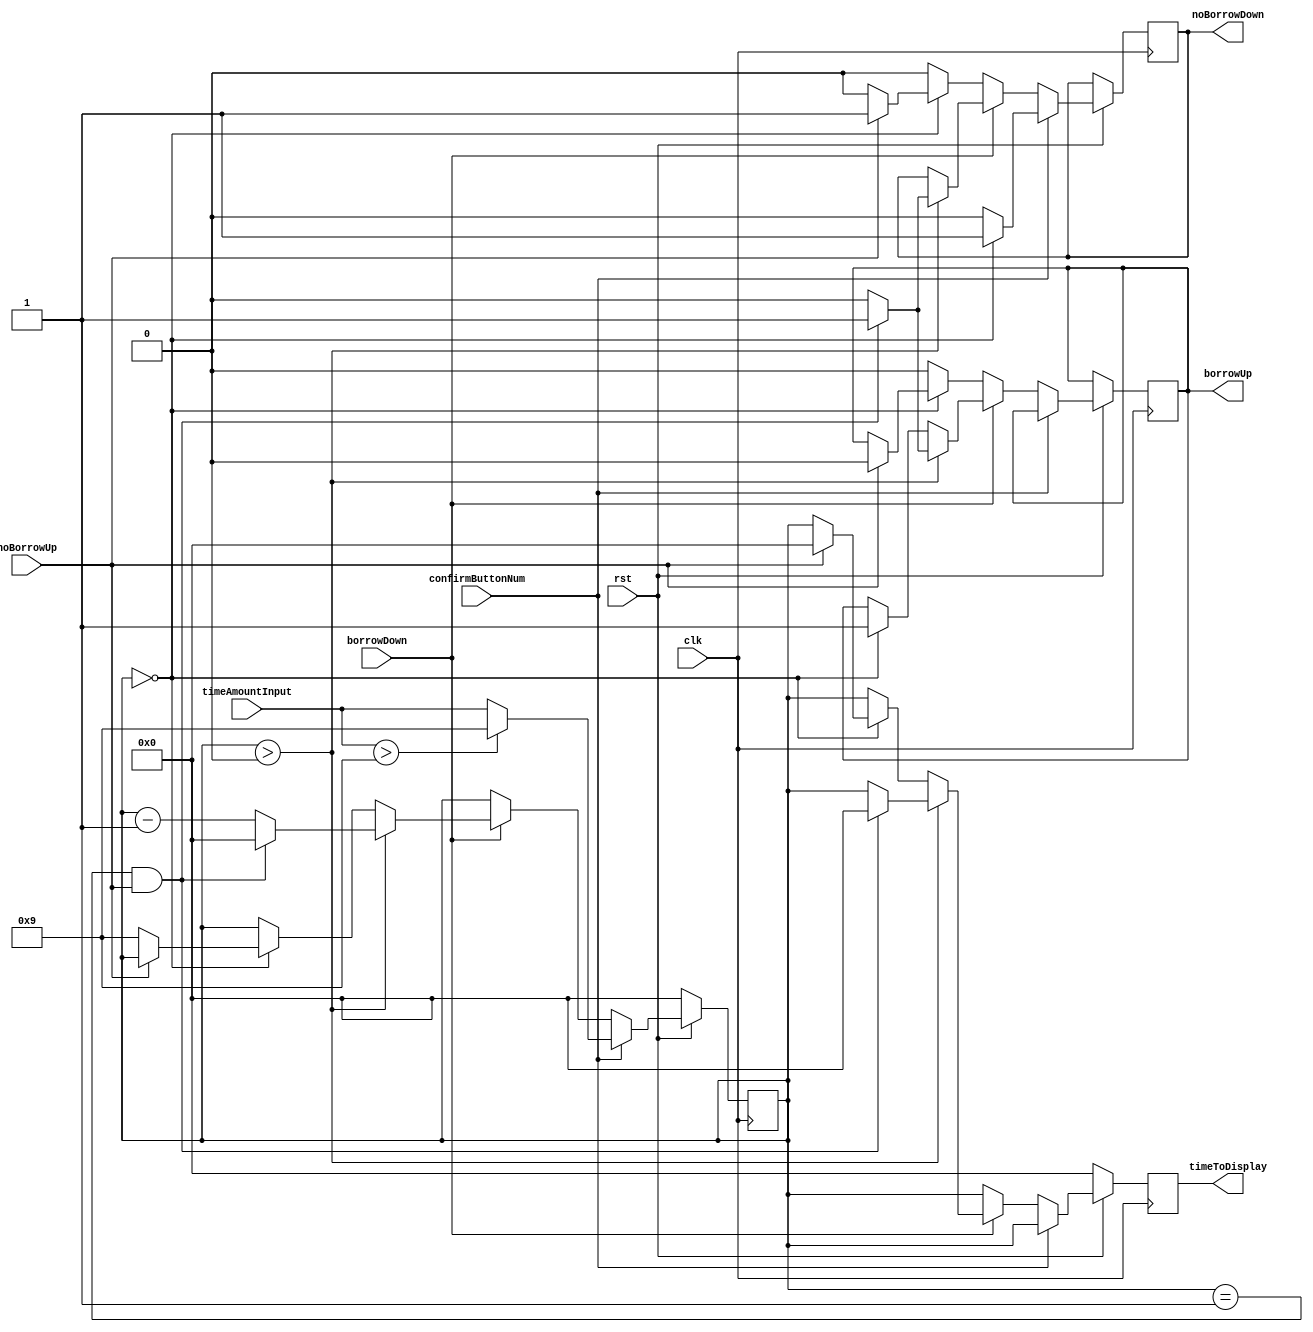
module digitTimer(clk, rst, confirmButtonNum, timeAmountInput, borrowUp, noBorrowUp, 
borrowDown, noBorrowDown, timeToDisplay);

	input clk, rst, confirmButtonNum, noBorrowUp, borrowDown;
	output reg borrowUp, noBorrowDown;
	input [3:0] timeAmountInput;
	reg [3:0] timeAmount;
	output reg [3:0] timeToDisplay;
	
		always @ (posedge clk)
		begin
			if(rst == 0)
				begin
					//reset values
					timeToDisplay <= 0;
//					borrowUp <= 0;
//					noBorrowDown <= 0; 
					timeAmount <= 0;
				end
			else
				begin
					if(confirmButtonNum == 1)
						begin
							if(timeAmountInput > 9)
								begin 
									timeAmount <= 9;
								end
							else
								begin
									timeAmount <= timeAmountInput;
								end
							timeToDisplay <= timeAmount;
							if(timeAmount == 0)
								begin
									noBorrowDown <= 1;
								end
							else
								begin
									noBorrowDown <= 0;
								end
						end
					else
						begin
							timeToDisplay <= timeAmount;
							if( borrowDown == 1)
								begin
									if(timeAmount > 0)
										begin
											//check if game is over
											if(timeAmount == 1 && noBorrowUp == 1)
												begin
													borrowUp <= 1;
													timeToDisplay <= 0;
													timeAmount <= 0;
													noBorrowDown <= 1;
													//flag that game is over		
												end
											else
												begin
													timeAmount <= timeAmount - 1;
													timeToDisplay <= timeAmount;
													noBorrowDown <= 0;
													borrowUp <= 0; // this may need to change
												end
										end
									else if(timeAmount == 0)
											begin
												timeToDisplay <= 0; //might not be necessary
												if(noBorrowUp == 1)
													begin
														//there is nothing to borrow, higher num is 0
													end
												else if(noBorrowUp == 0)
													begin
														//there is something to borrow
														timeAmount <= 9;
														timeToDisplay <= timeAmount;
													end
												borrowUp <= 1;
												//noBorrowDown <= 1;
											end
								end
							else
								begin
									if(timeAmount==0)
										begin
											if(noBorrowUp==0)
												begin
													noBorrowDown<=0;
												end
											else
												begin
													borrowUp<=0;
													noBorrowDown<=1;
												end
										end
									else
										begin
											noBorrowDown<=0;
											borrowUp<=0;
										end
						
								end
						end
				end
		end
endmodule